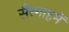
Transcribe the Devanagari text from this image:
सैरगाहमें